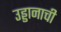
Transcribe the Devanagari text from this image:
उड्डानाची